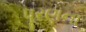
પૂરણના